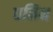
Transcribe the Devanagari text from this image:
धनिन